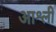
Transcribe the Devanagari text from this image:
आश्ली